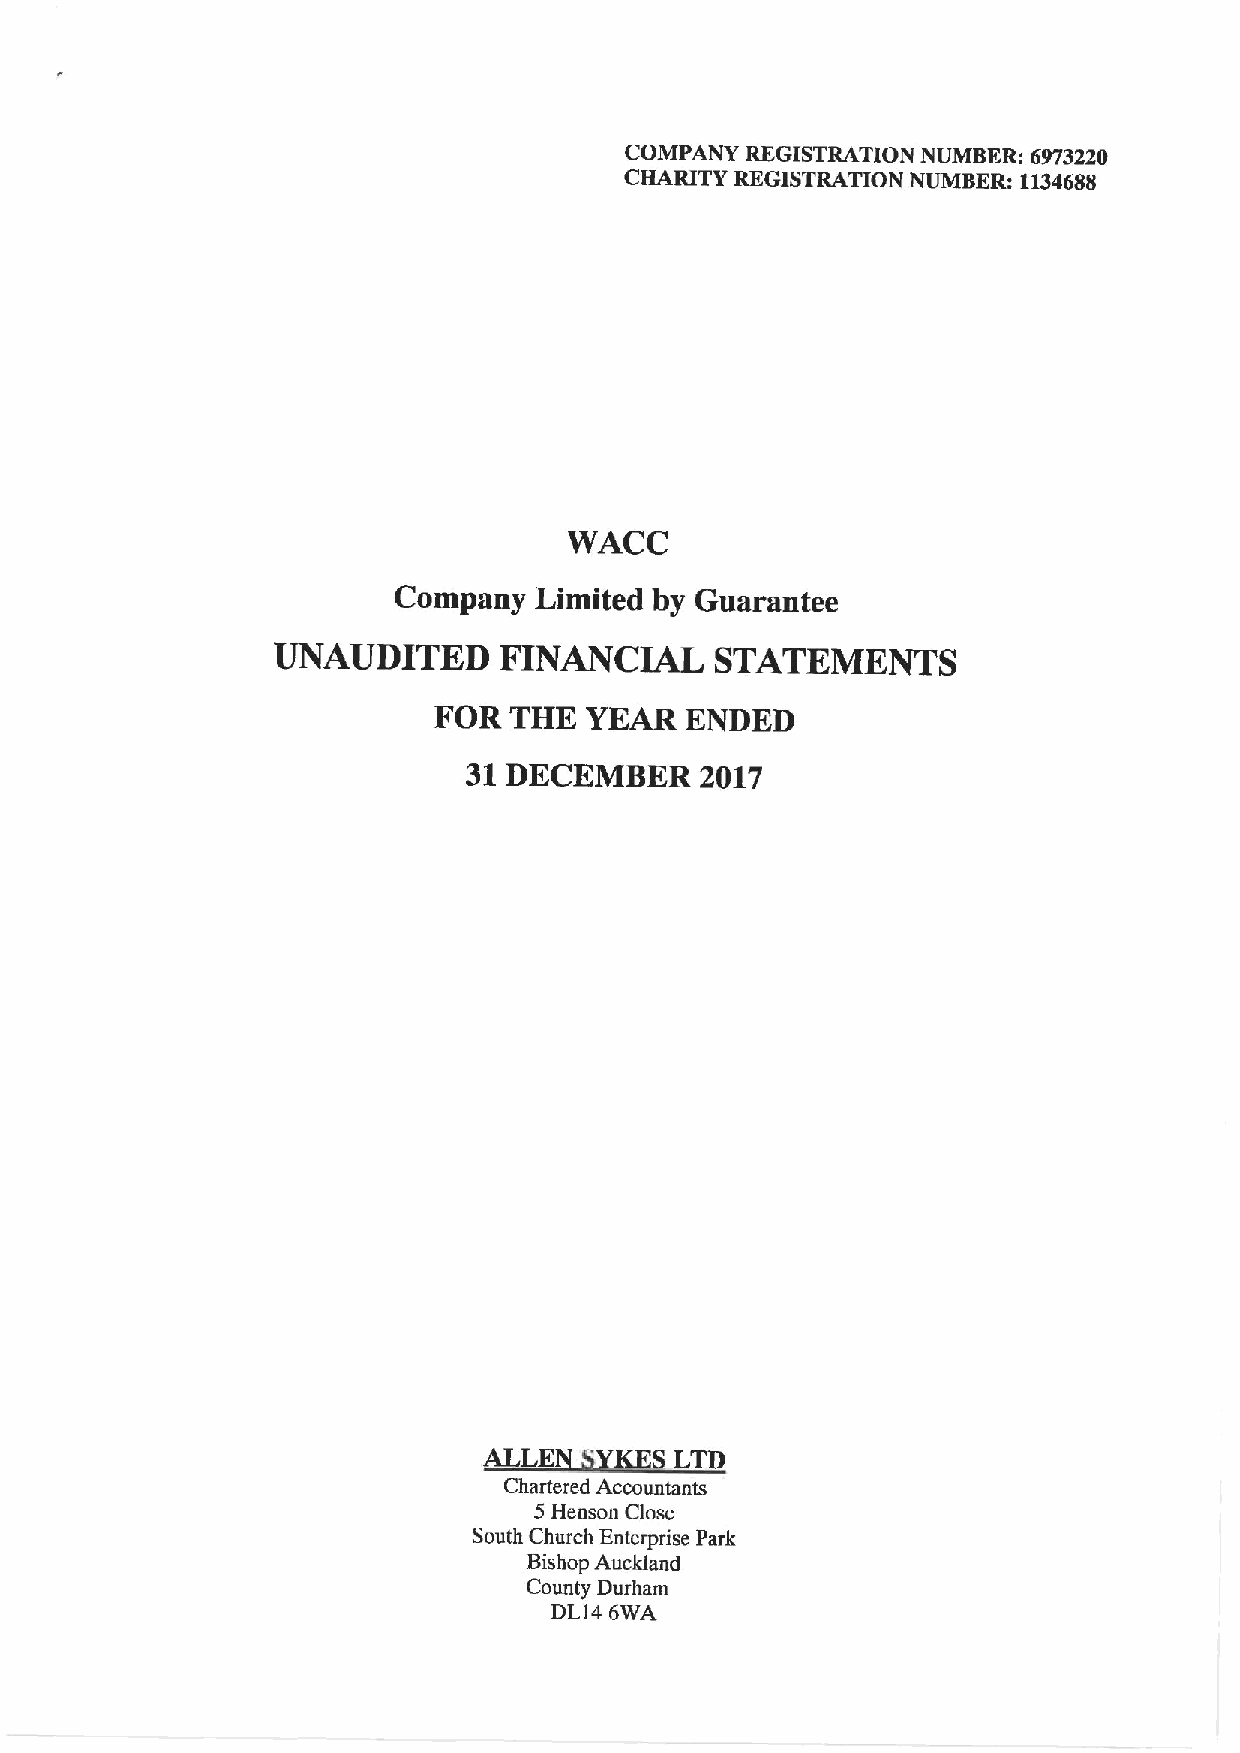
COMPANY REGISTRATION NUMBER: 6973220
 CHARITY REGISTRATION NUMBER: 1134688
 WACC
 Company  Limited by Guarantee
 UNAUDITED      FINANCIAL     STATEMENTS
 FOR  THE  YEAR  ENDED
 31DECEMBER     2017
 Chartered Accountants
 5Henson Close
 South Church Enterprise Park
 Bishop Auckland
 County Durham
 DL14 6WA